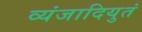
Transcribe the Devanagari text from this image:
व्यंजादियुतं